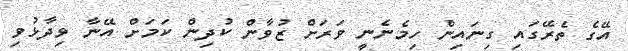
އޭގެ ތެރޭގައި ގިނައިން ހިމެނެނީ ވަރަށް ޒުވާން ކުދިން ކަމަށް އޭނާ ވިދާޅުވި